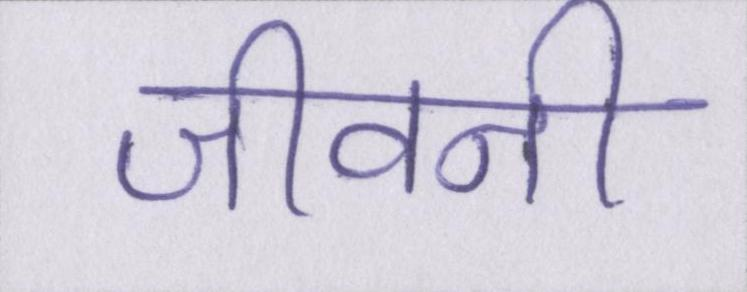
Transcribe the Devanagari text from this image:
जीवनी